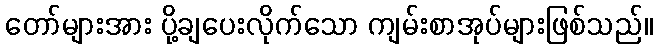
တော်များအား ပို့ချပေးလိုက်သော ကျမ်းစာအုပ်များဖြစ်သည်။